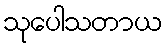
သုပေါသတာယ